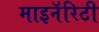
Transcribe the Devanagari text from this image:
माइनॅरिटी